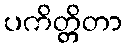
ပကိတ္တိတာ